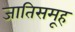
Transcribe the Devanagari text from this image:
जातिसमूह